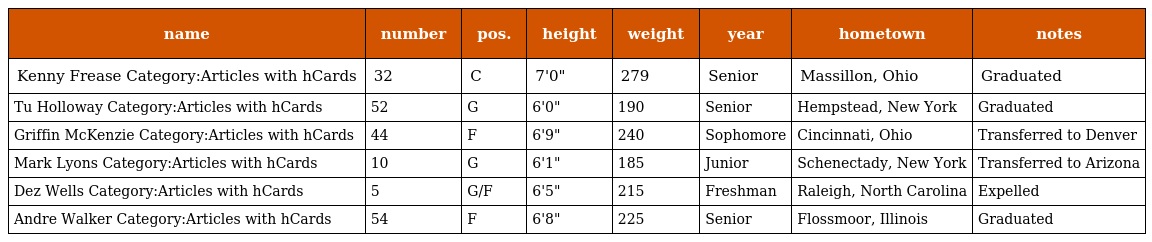
| name | number | pos. | height | weight | year | hometown | notes |
 | --- | --- | --- | --- | --- | --- | --- | --- |
 | Kenny Frease Category:Articles with hCards | 32 | C | 7'0" | 279 | Senior | Massillon, Ohio | Graduated |
 | Tu Holloway Category:Articles with hCards | 52 | G | 6'0" | 190 | Senior | Hempstead, New York | Graduated |
 | Griffin McKenzie Category:Articles with hCards | 44 | F | 6'9" | 240 | Sophomore | Cincinnati, Ohio | Transferred to Denver |
 | Mark Lyons Category:Articles with hCards | 10 | G | 6'1" | 185 | Junior | Schenectady, New York | Transferred to Arizona |
 | Dez Wells Category:Articles with hCards | 5 | G/F | 6'5" | 215 | Freshman | Raleigh, North Carolina | Expelled |
 | Andre Walker Category:Articles with hCards | 54 | F | 6'8" | 225 | Senior | Flossmoor, Illinois | Graduated |